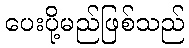
ပေးပို့မည်ဖြစ်သည်